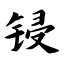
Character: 锓